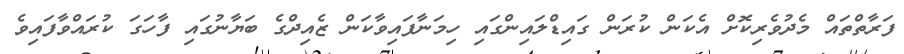
ފަރާތްތައް މެދުވެރިކޮށް އެކަން ކުރަން ގައިޑްލައިންގައި ހިމަނާފައިވާކަން ޒެއިދްގެ ބަޔާނުގައި ފާހަގަ ކުރައްވާފައިވެ